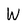
Character: W